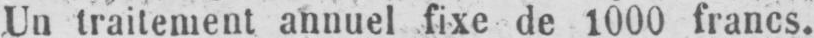
Un traitement annuel fixe de 1000 francs.